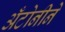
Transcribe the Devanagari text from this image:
अँटोनीने